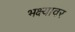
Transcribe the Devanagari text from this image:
भक्ष्यावर